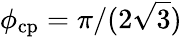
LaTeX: \phi_{\mathrm{cp}}=\pi/(2\sqrt{3})